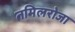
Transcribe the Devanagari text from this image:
तमिलरोजा